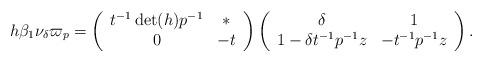
LaTeX: \begin{align*} h\beta_1\nu_{\delta}\varpi_p = \left(\begin{array}{cc} t^{-1}\det(h) p^{-1} & \ast \\ 0 & -t \end{array}\right)\left(\begin{array}{cc} \delta & 1 \\ 1 - \delta t^{-1}p^{-1}z & -t^{-1}p^{-1}z \end{array}\right).\end{align*}